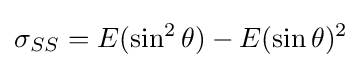
\sigma _{SS}=E(\sin ^{2}\theta )-E(\sin \theta )^{2}